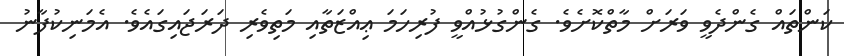
ކަންތައް ގެންދެވީ ވަރަށް މާތްކޮށެވެ. ގެންގުޅުއްވީ ފުރިހަމަ ޢިއްޒަތާއި މަތިވެރި ދަރަޖައިގައެވެ. އެމަނިކުފާނު